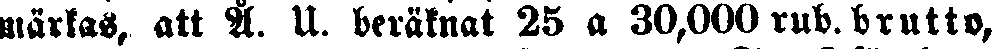
märkas, att Å. U. beräknat 25 a 30,000 rub. brutto,